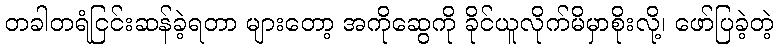
တခါတရံငြင်းဆန်ခဲ့ရတာ များတော့ အကိုဆွေကို ခိုင်ယူလိုက်မိမှာစိုးလို့၊ ဖော်ပြခဲ့တဲ့